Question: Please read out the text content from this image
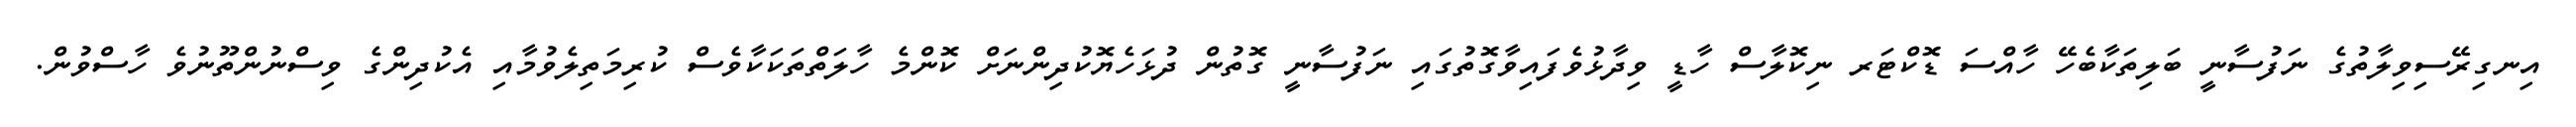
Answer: އިނގިރޭސިވިލާތުގެ ނަފުސާނީ ބަލިތަކާބެހޭ ހާއްސަ ޑޮކްޓަރ ނިކޮލާސް ހާޑީ ވިދާޅުވެފައިވާގޮތުގައި ނަފުސާނީ ގޮތުން ދުޅަހެޔޮކުދިންނަށް ކޮންމެ ހާލަތްތަކަކާވެސް ކުރިމަތިލެވުމާއި އެކުދިންގެ ވިސްނުންތޫނުވެ ހާސްވުން.